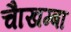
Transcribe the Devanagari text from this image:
चाैखम्बा